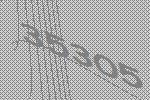
35305